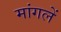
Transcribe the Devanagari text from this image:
मांगलें